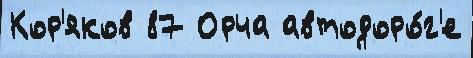
Кор'яков 87 Орча автодоро́г'е